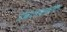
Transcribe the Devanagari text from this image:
ग्रंथालायाकरिता